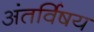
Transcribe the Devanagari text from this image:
अंतर्विषय